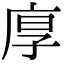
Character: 𢈲